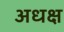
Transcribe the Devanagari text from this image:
अधक्ष